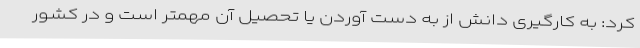
کرد: به کارگیری دانش از به دست آوردن یا تحصیل آن مهمتر است و در کشور